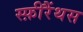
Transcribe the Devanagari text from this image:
स्फ़ीरैंथस